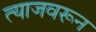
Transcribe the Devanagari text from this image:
त्याजवरून